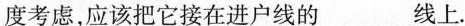
度考虑，应该把它接在进户线的___线上。